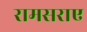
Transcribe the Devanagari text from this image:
रामसराए